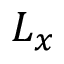
L _ { x }